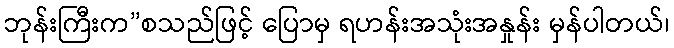
ဘုန်းကြီးက”စသည်ဖြင့် ပြောမှ ရဟန်းအသုံးအနှုန်း မှန်ပါတယ်၊